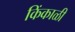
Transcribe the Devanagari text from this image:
किंकाळी